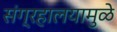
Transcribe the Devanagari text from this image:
संग्रहालयामुळे